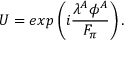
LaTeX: U = e x p \left( i { \frac { \lambda ^ { A } \phi ^ { A } } { F _ { \pi } } } \right) .